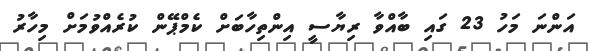
އަންނަ މަހު 23 ގައި ބާއްވާ ރިޔާސީ އިންތިހާބަށް ކެމްޕޭން ކުރެއްވުމަށް މިހާރު